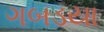
ગબડયા